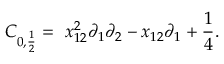
C _ { 0 , \frac { 1 } { 2 } } = \ x _ { 1 2 } ^ { 2 } \partial _ { 1 } \partial _ { 2 } - x _ { 1 2 } \partial _ { 1 } + \frac { 1 } { 4 } .